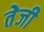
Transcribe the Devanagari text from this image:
तेेजी